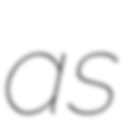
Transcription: as